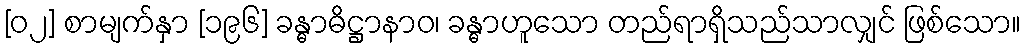
[၀၂] စာမျက်နှာ [၁၉၆] ခန္ဓာဓိဋ္ဌာနာဝ၊ ခန္ဓာဟူသော တည်ရာရှိသည်သာလျှင် ဖြစ်သော။